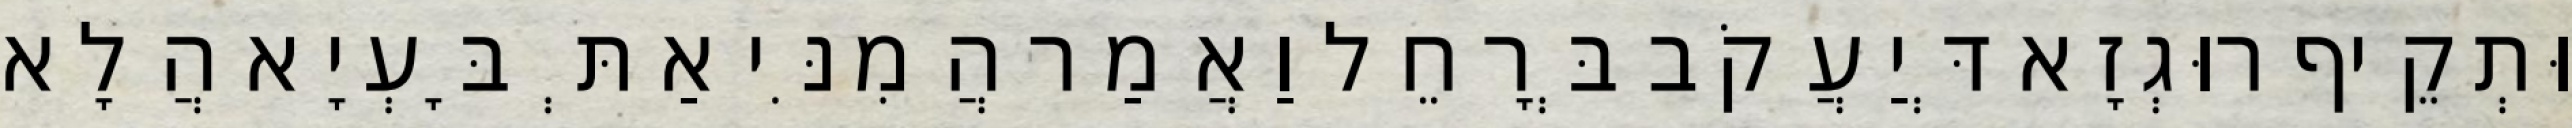
וּתְקֵיף רוּגְזָא דְּיַעֲקֹב בְּרָחֵל וַאֲמַר הֲמִנִּי אַתְּ בָּעְיָא הֲלָא